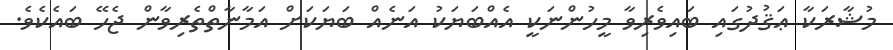
މުޝާރަކާ ޢަޤުދުގައި ބައިވެރިވާ މީހުންނަކީ އެއްބަޔަކު އަނެއް ބަޔަކަށް އަމާނާތްތެރިވާން ޖެހޭ ބައެކެވެ.